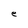
Character: e